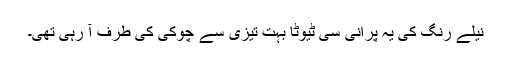
نیلے رنگ کی یہ پرانی سی ٹیوٹا بہت تیزی سے چوکی کی طرف آ رہی تھی۔